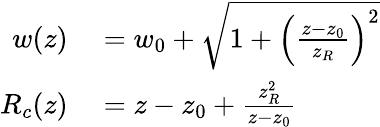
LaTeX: \begin{array}{rl}{w(z)}&{{}=w_{0}+\sqrt{1+\left(\frac{z-z_{0}}{z_{R}}\right)^{2}}}\\ {R_{c}(z)}&{{}=z-z_{0}+\frac{z_{R}^{2}}{z-z_{0}}}\end{array}